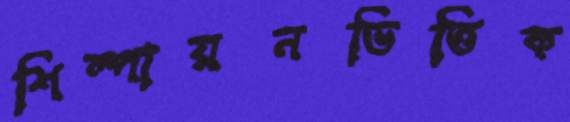
শিল্পায়নভিত্তিক